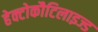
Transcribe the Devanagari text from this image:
हेक्टोकौटिलाइज्ड